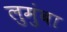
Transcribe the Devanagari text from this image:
लुमुंबा